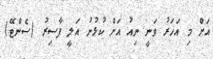
އަށް މި އަހަރު ވަނީ ނިއު އަށް ކުޅުނު އަލީ ފާސިރު (ސެންޓޭ)